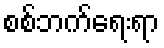
စစ်ဘက်ရေးရာ